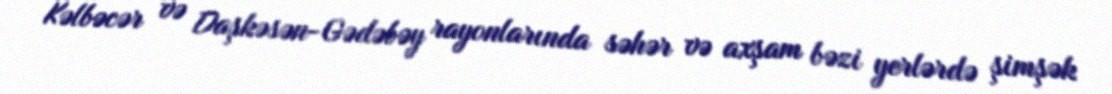
Kəlbəcər və Daşkəsən-Gədəbəy rayonlarında səhər və axşam bəzi yerlərdə şimşək